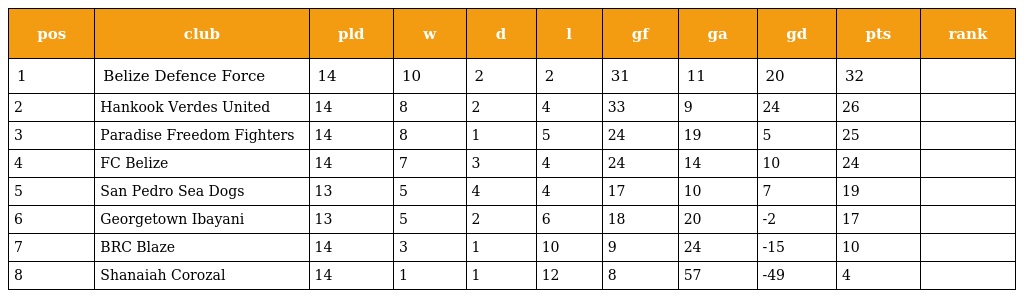
| pos | club | pld | w | d | l | gf | ga | gd | pts | rank |
 | --- | --- | --- | --- | --- | --- | --- | --- | --- | --- | --- |
 | 1 | Belize Defence Force | 14 | 10 | 2 | 2 | 31 | 11 | 20 | 32 |  |
 | 2 | Hankook Verdes United | 14 | 8 | 2 | 4 | 33 | 9 | 24 | 26 |  |
 | 3 | Paradise Freedom Fighters | 14 | 8 | 1 | 5 | 24 | 19 | 5 | 25 |  |
 | 4 | FC Belize | 14 | 7 | 3 | 4 | 24 | 14 | 10 | 24 |  |
 | 5 | San Pedro Sea Dogs | 13 | 5 | 4 | 4 | 17 | 10 | 7 | 19 |  |
 | 6 | Georgetown Ibayani | 13 | 5 | 2 | 6 | 18 | 20 | -2 | 17 |  |
 | 7 | BRC Blaze | 14 | 3 | 1 | 10 | 9 | 24 | -15 | 10 |  |
 | 8 | Shanaiah Corozal | 14 | 1 | 1 | 12 | 8 | 57 | -49 | 4 |  |